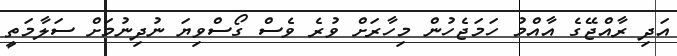
އަދި ރާއްޖޭގެ އާއްމު ހަމަޖެހުން މިހާރަށް ވުރެ ވެސް ގޯސްވިޔަ ނުދިނުމަށް ސަލާމަތީ